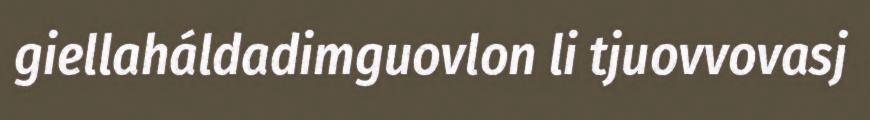
giellaháldadimguovlon li tjuovvovasj